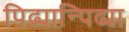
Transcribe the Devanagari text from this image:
पिढ्यान्पिढ्या